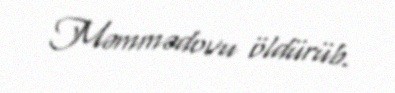
Məmmədovu öldürüb.